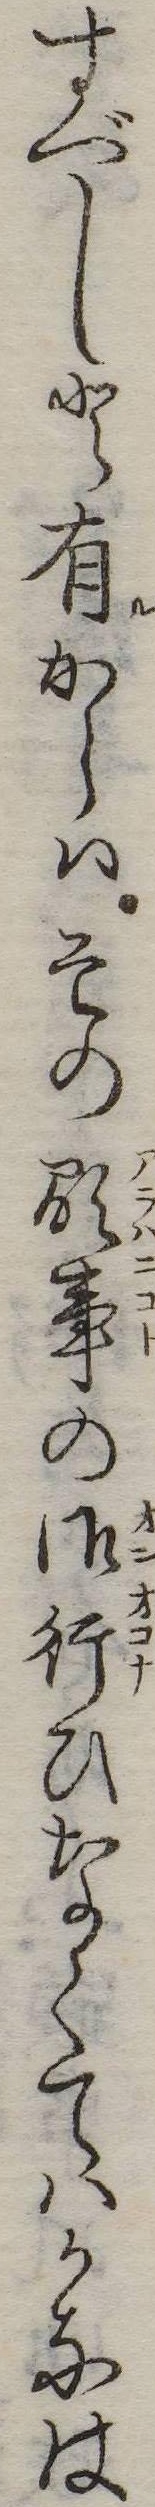
すべしと有からはその顕事の御行ひなくてはかなは